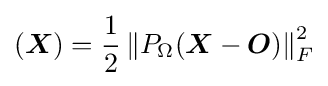
({\boldsymbol {X}})={\frac {1}{2}}\left\|P_{\Omega }({\boldsymbol {X}}-{\boldsymbol {O}})\right\|_{F}^{2}